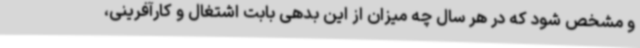
و مشخص شود که در هر سال چه میزان از این بدهی بابت اشتغال و کارآفرینی،